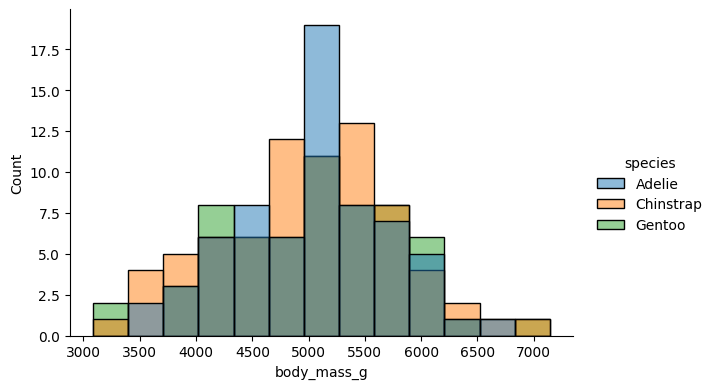
python, seaborn, displot, kind='hist', column='body_mass_g', hue='species', height=4, aspect=1.5